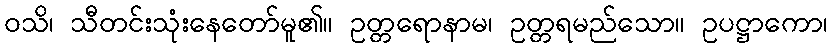
ဝသိ၊ သီတင်းသုံးနေတော်မူ၏။ ဥတ္တရောနာမ၊ ဥတ္တရမည်သော။ ဥပဋ္ဌာကော၊